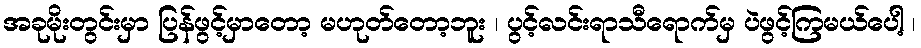
အခုမိုးတွင်းမှာ ပြန်ဖွင့်မှာတော့ မဟုတ်တော့ဘူး ၊ ပွင့်လင်းရာသီရောက်မှ ပဲဖွင့်ကြမယ်ပေါ့ ၊